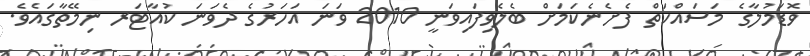
ވޮޑަމުލާގެ މަސައްކަތް ފެށެނެކަމަށް ބެލެވިފައިވަނީ 2010 ވަނަ އަހަރުގެ ދެވަނަ ކުއާޓަރ ނިމޭތާގައެވެ.